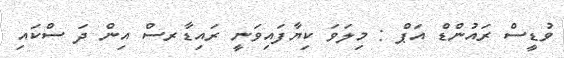
ވުޑީސް ރައުންޑް އަޕް : މިލަވަ ކިޔާފައިވަނީ ރައިޑާރސް އިން ދަ ސްކައި